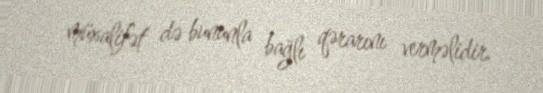
müxalifət də bununla bağlı qərarını verməlidir.